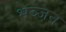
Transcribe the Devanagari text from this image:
भञ्जन